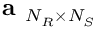
\textbf { a } _ { N _ { R } \times N _ { S } }